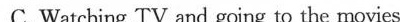
C. Watching TV and going to the movies.